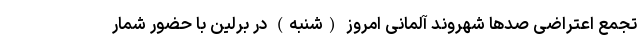
تجمع اعتراضی صدها شهروند آلمانی امروز (شنبه) در برلین با حضور شمار